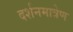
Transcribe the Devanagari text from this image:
दर्शनमात्रेण